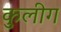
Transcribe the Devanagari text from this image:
कुलीग